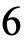
6